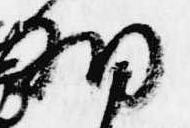
細